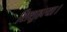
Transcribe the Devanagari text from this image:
शिशुहत्या।